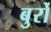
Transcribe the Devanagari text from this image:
बुर्रो